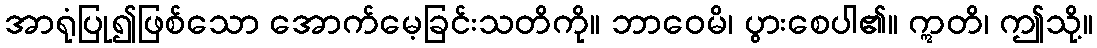
အာရုံပြု၍ဖြစ်သော အောက်မေ့ခြင်းသတိကို။ ဘာဝေမိ၊ ပွားစေပါ၏။ ဣတိ၊ ဤသို့။